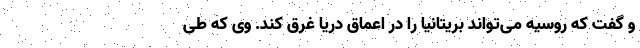
و گفت که روسیه می‌تواند بریتانیا را در اعماق دریا غرق کند. وی که طی